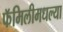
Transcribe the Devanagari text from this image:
फॅमिलीमधल्या